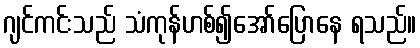
ဂျင်ကင်းသည် သံကုန်ဟစ်၍အော်ပြောနေ ရသည်။